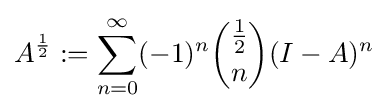
A^{\frac {1}{2}}:=\sum _{n=0}^{\infty }(-1)^{n}{{\frac {1}{2}} \choose n}(I-A)^{n}